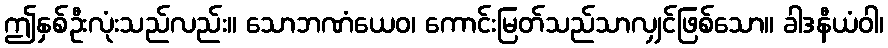
ဤနှစ်ဦးလုံးသည်လည်း။ သောဘဏံယေဝ၊ ကောင်းမြတ်သည်သာလျှင်ဖြစ်သော။ ခါဒနီယံဝါ၊